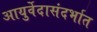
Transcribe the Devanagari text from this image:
आयुर्वेदासंदर्भात